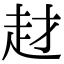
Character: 䞗